Civil Veterinary Department Bihar reports 1936-40 - 1936-1940
Year: 1936
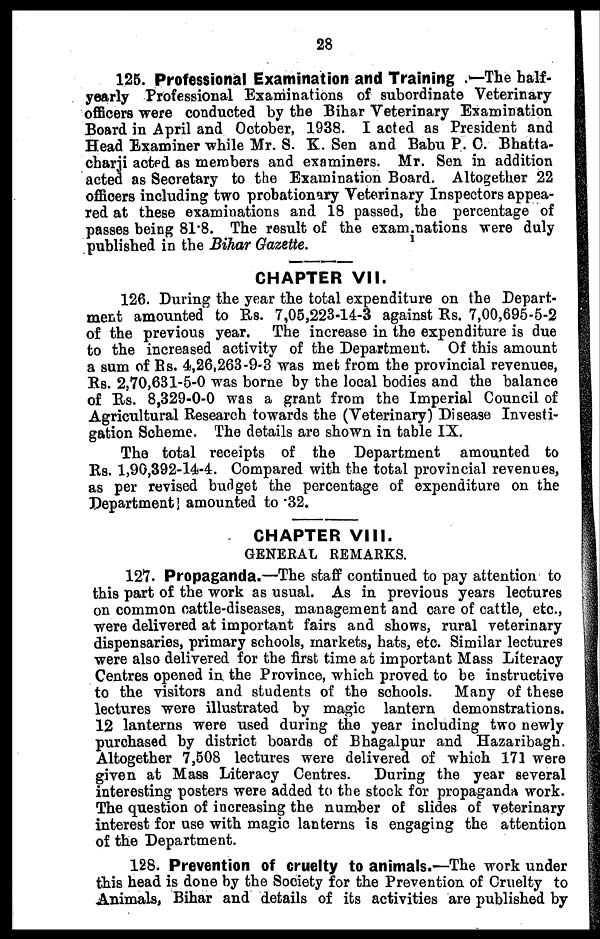
28
125. Professional Examination and Training .—The half-
yearly Professional Examinations of subordinate Veterinary
officers were conducted by the Bihar Veterinary Examination
Board in April and October, 1938. I acted as President and
Head Examiner while Mr. S. K. Sen and Babu P. C. Bhatta-
charji acted as members and examiners. Mr. Sen in addition
acted as Secretary to the Examination Board. Altogether 22
officers including two probationary Veterinary Inspectors appea-
red at these examinations and 18 passed, the percentage of
passes being 81.8. The result of the exam i nations were duly
published in the Bihar Gazette.
CHAPTER VII.
126. During the year the total expenditure on the Depart-
ment amounted to Rs. 7,05,223-14-3 against Rs. 7,00,695-5-2
of the previous year. The increase in the expenditure is due
to the increased activity of the Department. Of this amount
a sum of Rs. 4,26,263-9-3 was met from the provincial revenues,
Rs. 2,70,631-5-0 was borne by the local bodies and the balance
of Rs. 8,329-0-0 was a grant from the Imperial Council of
Agricultural Research towards the (Veterinary) Disease Investi-
gation Scheme. The details are shown in table IX.
The total receipts of the Department amounted to
Rs. 1,90,392-14-4. Compared with the total provincial revenues,
as per revised budget the percentage of expenditure on the
Department amounted to .32.
CHAPTER VIII.
GENERAL REMARKS.
127. Propaganda.—The staff continued to pay attention to
this part of the work as usual. As in previous years lectures
on common cattle-diseases, management and care of cattle, etc.,
were delivered at important fairs and shows, rural veterinary
dispensaries, primary schools, markets, hats, etc. Similar lectures
were also delivered for the first time at important Mass Literacy
Centres opened in the Province, which proved to be instructive
to the visitors and students of the schools. Many of these
lectures were illustrated by magic lantern demonstrations.
12 lanterns were used during the year including two newly
purchased by district boards of Bhagalpur and Hazaribagh.
Altogether 7,508 lectures were delivered of which 171 were
given at Mass Literacy Centres. During the year several
interesting posters were added to the stock for propaganda work.
The question of increasing the number of slides of veterinary
interest for use with magic lanterns is engaging the attention
of the Department.
128. Prevention of cruelty to animals.—The work under
this head is done by the Society for the Prevention of Cruelty to
Animals, Bihar and details of its activities are published by